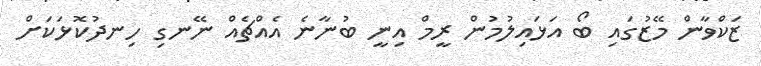
ޒަކްވާން މޭޒުގައި ބޯ އަޅައިލުމުން ރީމް އިނީ ބުނާނެ އެއްޗެއް ނޭނގި ހިނދުކޮޅަކަށް